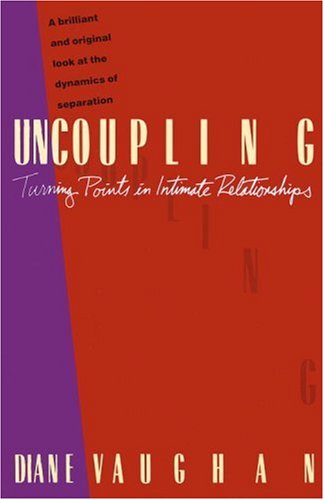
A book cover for Uncoupling: Turning Points in Intimate Relationships; Diane Vaughan; Parenting & Relationships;